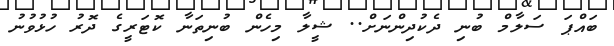
ބައްޕަ ސަލާމް ބުނި ދެކުދިންނަށް.. ޝީލާ މިހެން ބުނިތަނާ ކޮޓަރީގެ ދޮރު ހުޅުވުނު